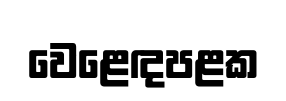
වෙළෙඳපළක